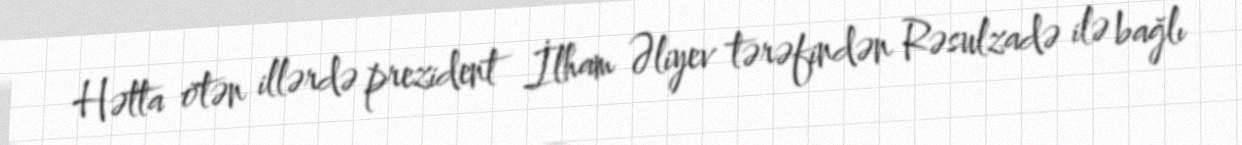
Hətta ötən illərdə prezident İlham Əliyev tərəfindən Rəsulzadə ilə bağlı